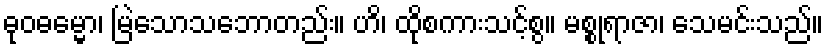
ဓုဝဓမ္မော၊ မြဲသောသဘောတည်း။ ဟိ၊ ထိုစကားသင့်စွ။ မစ္စုရာဇာ၊ သေမင်းသည်။